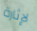
لإثارة